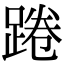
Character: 踡